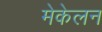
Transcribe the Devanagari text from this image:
मेकेलन